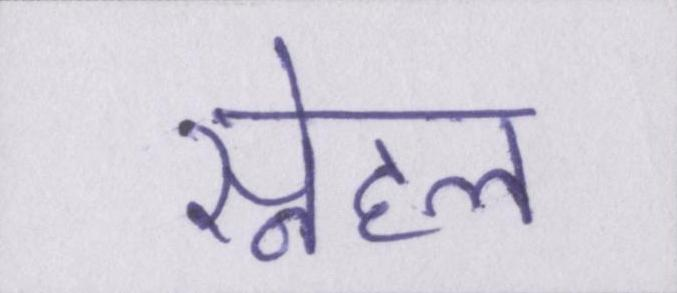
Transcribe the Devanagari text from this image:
स्नेहल